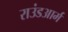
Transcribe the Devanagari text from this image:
राउंडआर्म